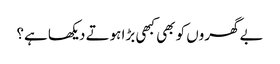
بے گھروں کو بھی کبھی بڑا ہوتے دیکھا ہے؟